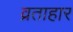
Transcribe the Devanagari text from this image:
व्रताहार